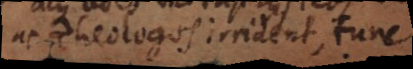
ac Theologos irrident, tunc